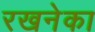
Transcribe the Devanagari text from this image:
रखनेका